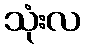
သုံးလ